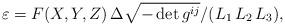
LaTeX: \begin{align*} {\varepsilon}=F(X,Y,Z)\,{\Delta\sqrt{-\det g^{ij}}}/{({L}_1\,{L}_2\,{L}_3)},\end{align*}